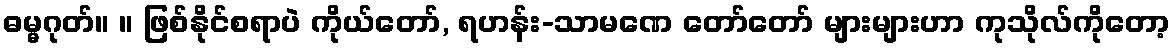
ဓမ္မဂုတ်။ ။ ဖြစ်နိုင်စရာပဲ ကိုယ်တော်, ရဟန်း-သာမဏေ တော်တော် များများဟာ ကုသိုလ်ကိုတော့